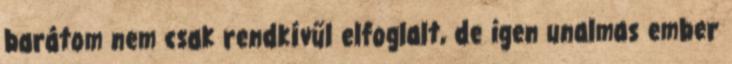
barátom nem csak rendkívűl elfoglalt, de igen unalmas ember